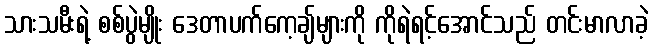
သားသမီးရဲ့ စစ်ပွဲမျိုး ဒေတာပက်ကေ့ချ်များကို ကိုရဲရင့်အောင်သည် တင်းမာလာခဲ့